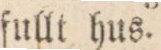
ſullt hus.